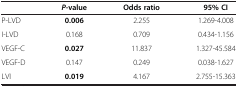
|  | P-value | Odds ratio | 95% CI |
 | --- | --- | --- | --- |
 | P-LVD | 0.006 | 2.255 | 1.269-4.008 |
 | I-LVD | 0.168 | 0.709 | 0.434-1.156 |
 | VEGF-C | 0.027 | 11.837 | 1.327-45.584 |
 | VEGF-D | 0.147 | 0.249 | 0.038-1.627 |
 | LVI | 0.019 | 4.167 | 2.755-15.363 |